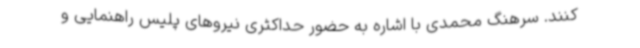
کنند. سرهنگ محمدی با اشاره به حضور حداکثری نیروهای پلیس راهنمایی و